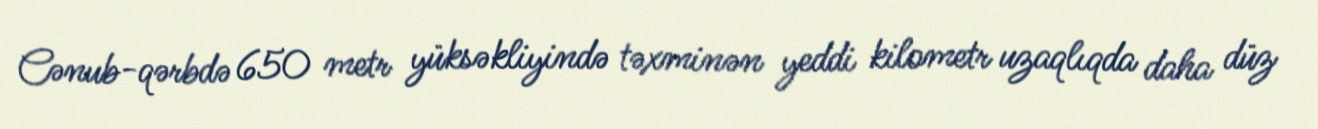
Cənub-qərbdə 650 metr yüksəkliyində təxminən yeddi kilometr uzaqlıqda daha düz